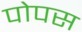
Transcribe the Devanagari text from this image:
पोपस